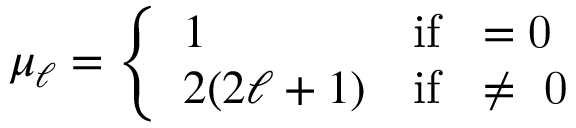
\mu _ { \ell } = \left\{ \begin{array} { l l } { { 1 } } & { { \mathrm { i f ~ \ell = 0 ~ } } } \\ { { 2 ( 2 \ell + 1 ) } } & { { \mathrm { i f ~ \ell \neq ~ 0 ~ } } } \end{array} \right. \nonumber